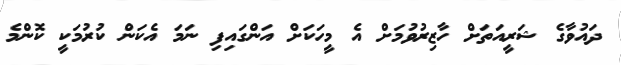
ދައުވާގެ ޝަރީއަތަށް ހާޒިރުވުމަށް އެ މީހަކަށް އަންގައިފި ނަމަ އެކަން ކުރުމަކީ ކޮންމެ